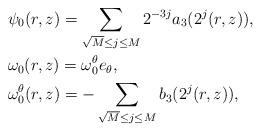
LaTeX: \begin{align*}& \psi_0(r,z) = \sum_{\sqrt M \le j \le M} 2^{-3j} a_3(2^j(r,z)),\\& \omega_0 (r,z) = \omega_0^{\theta} e_{\theta},\\& \omega_0^{\theta}(r,z) = -\sum_{\sqrt M \le j \le M} b_3 (2^j(r,z)),\end{align*}